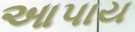
આપાય